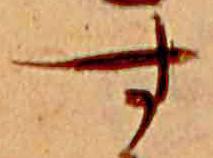
す